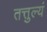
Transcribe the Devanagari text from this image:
तत्तुल्यं